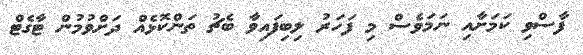
ފާސްވި ކަމަށާއި ނަމަވެސް މި ފަހަރު ލިބިފައިވާ ބެޗު ތަންކޮޅެއް ދަށްވުމުން ޓާގެޓް